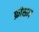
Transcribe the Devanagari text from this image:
फ़ोशन